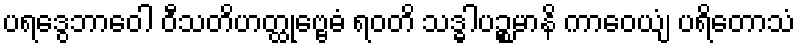
ပရဒွေဘာဝေါ ဝီသတိဟတ္ထုဗ္ဗေဓံ ရဝတိ သဒ္ဓါပဉ္စမာနိ ကာဝေယျံ ပရိတောသံ